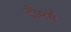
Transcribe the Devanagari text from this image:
टीममें